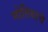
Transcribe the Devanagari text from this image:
मोतियाचे